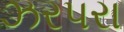
ઝરપરા